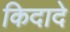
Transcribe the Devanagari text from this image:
किदादे